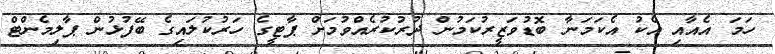
ހަމަ އެއާއި އެކު އެކަމަނާ ބޮޑުވަޒީރުކަމުން ދުރުކުރެއްވުމަށް ޕާޓީގެ ހަރުކުލައިގެ ބޭފުޅުން ޕާލިމެންޓް